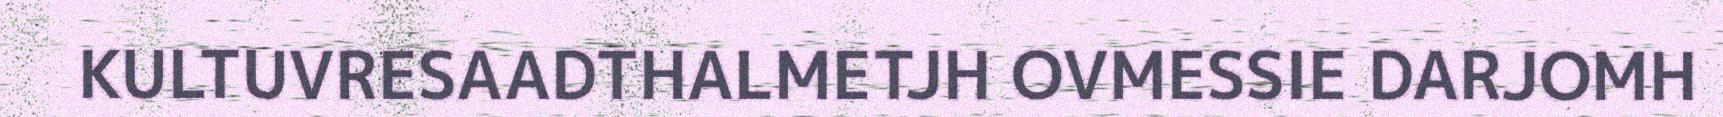
KULTUVRESAADTHALMETJH OVMESSIE DARJOMH